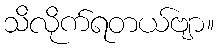
သိလိုက်ရတယ်ဗျာ။